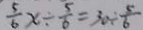
\frac { 5 } { 6 } x \div \frac { 5 } { 6 } = 3 0 \div \frac { 5 } { 6 }